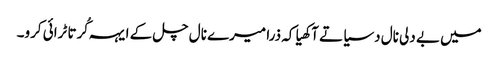
میں بے دلی نال دسیا تے آکھیا کہ ذرا میرے نال چل کے ایہہ کُرتا ٹرائی کرو۔